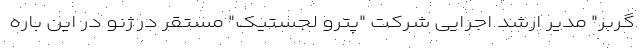
گربر" مدیر ارشد اجرایی شرکت "پترو لجستیک" مستقر در ژنو در این باره